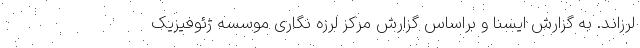
لرزاند. به گزارش ایسنا و براساس گزارش مرکز لرزه نگاری موسسه ژئوفیزیک